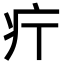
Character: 𤴫